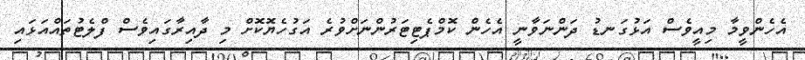
އެހެންވީމާ މިއީވެސް އަޅުގަނޑު ދަންނަވާނީ އެހެން ކޮމްޕެޓިޓަރުންނަށްވުރެ އަގުހެޔޮކޮށް މި ދާއިރާގައިވެސް ފްލެޓުތައްއަޅައި